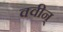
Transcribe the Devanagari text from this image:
क्वीन्